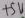
Text: +5V